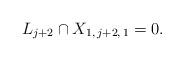
LaTeX: \begin{align*} L_{j+2} \cap X_{1, \, j+2, \, 1} = 0.\end{align*}